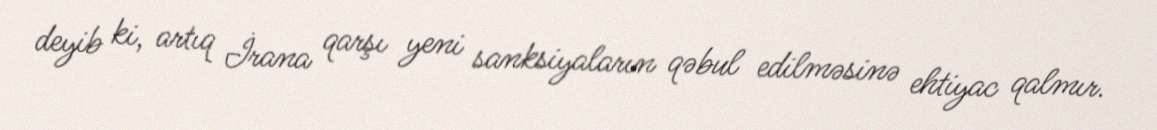
deyib ki, artıq İrana qarşı yeni sanksiyaların qəbul edilməsinə ehtiyac qalmır.